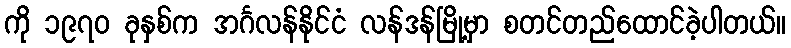
ကို ၁၉၇၀ ခုနှစ်က အင်္ဂလန်နိုင်ငံ လန်ဒန်မြို့မှာ စတင်တည်ထောင်ခဲ့ပါတယ်။